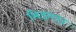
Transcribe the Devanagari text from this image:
भिडणारं